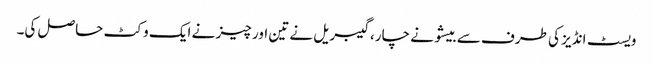
ویسٹ انڈیز کی طرف سے بیشو نے چار، گیبریل نے تین اور چیز نے ایک وکٹ حاصل کی۔